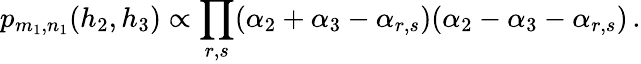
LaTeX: p_{m_{1},n_{1}}(h_{2},h_{3})\propto\prod_{r,s}(\alpha_{2}+\alpha_{3}-\alpha_{r,s})(\alpha_{2}-\alpha_{3}-\alpha_{r,s})\, .